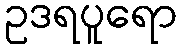
ဥဒရပူရော